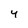
Character: 4